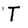
Character: T